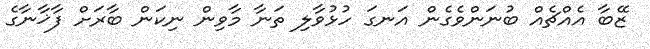
ޒޭބާ އެއްޗެއް ބުނަންވެގެން އަނގަ ހުޅުވާލި ތަނާ މާވިން ނިކަން ބާރަށް ފާޚާނާގެ